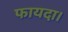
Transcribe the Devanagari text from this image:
फायदा।